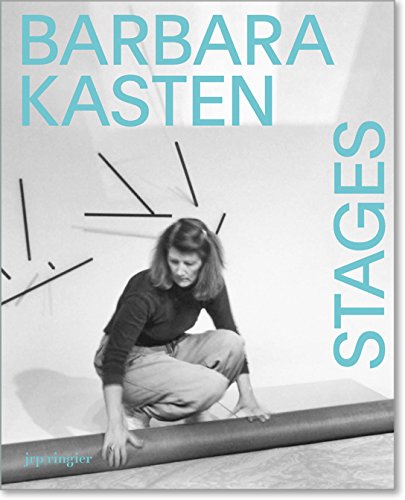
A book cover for Barbara Kasten: Stages; Liz Deschenes; Arts & Photography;